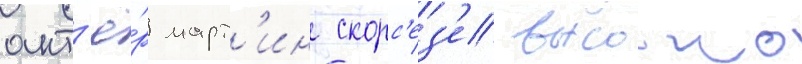
акт'ё́р март'ин скорс'ез'е высоко